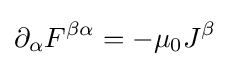
\partial _{\alpha }F^{\beta \alpha }=-\mu _{0}J^{\beta }